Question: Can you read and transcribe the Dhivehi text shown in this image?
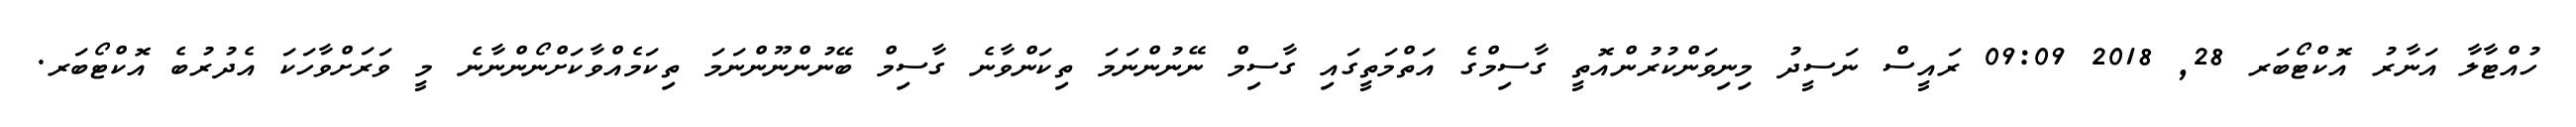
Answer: ހުއްޓާލާ އަނާރު އޮކްޓޯބަރ 28, 2018 09:09 ރައީސް ނަސީދު މިނިވަންކުރުންއޮތީ ގާސިމްގެ އަތްމަތީގައި ގާސިމް ނޭނުންނަމަ ތިކަންވާނެ ގާސިމް ބޭނުންނޫންނަމަ ތިކަމެއްވާކަށްނޯންނާނެ މީ ވަރަށްވާހަކަ އެދުރުބެ އޮކްޓޯބަރ.